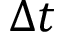
\Delta t